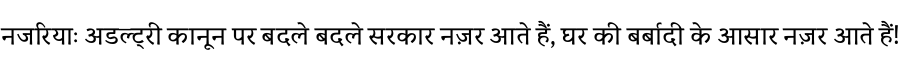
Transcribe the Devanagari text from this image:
नजरियाः अडल्ट्री कानून पर बदले बदले सरकार नज़र आते हैं, घर की बर्बादी के आसार नज़र आते हैं!